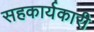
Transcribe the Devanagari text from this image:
सहकार्यकारी